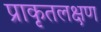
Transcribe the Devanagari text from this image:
प्राकृतलक्षण